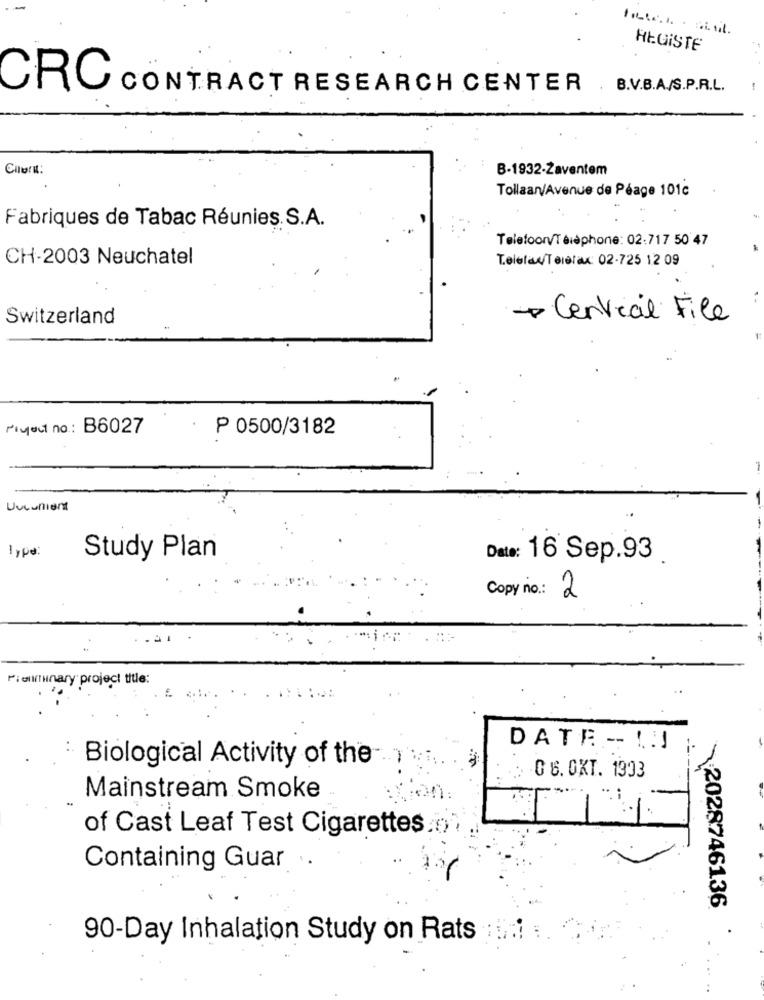
REGISTE
CRC
CONTRACT RESEARCH CENTER
. B.V.B.A./S.P.R.L.
Ciler:
B-1932-Zaventem
Tollaan/Avenue de Péage 101c
Fabriques de Tabac Réunies. S.A.
TelefoonvTéléphone: 02:717 50 47
CH-2003 Neuchatel
Telefax/Telefax: 02-725 12 09
..
Switzerland
- Central File
Plyout no .: B6027
P 0500/3182
Unlunient
Type:
Study Plan
Date: 16 Sep.93
Copy no .: 2
Pienminary project title:
DATA - 11
Biological Activity of the
0 6. OKT. 1933
Mainstream Smoke
of Cast Leaf Test Cigarettes.
Containing Guar
2028746136
90-Day Inhalation Study on Rats .... ..